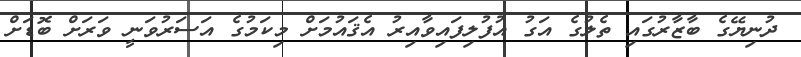
ދުނިޔޭގެ ބާޒާރުގައި ތެލުގެ އަގު އުފުލިފައިވާއިރު އެޤައުމަށް މިކަމުގެ އަސަރުވަނީ ވަރަށް ބޮޑަށް